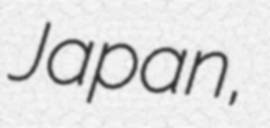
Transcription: Japan,